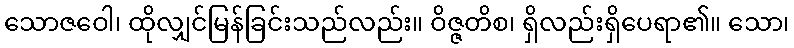
သောဇဝေါ၊ ထိုလျှင်မြန်ခြင်းသည်လည်း။ ဝိဇ္ဇတိစ၊ ရှိလည်းရှိပေရာ၏။ သော၊